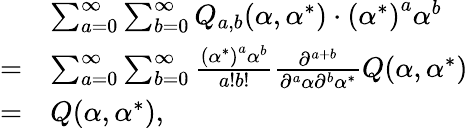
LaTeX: \begin{array}{rl}&{\sum_{a=0}^{\infty}\sum_{b=0}^{\infty}Q_{a,b}(\alpha,\alpha^{*})\cdot\left({\alpha^{*}}\right)^{a}\alpha^{b}}\\ {=}&{\sum_{a=0}^{\infty}\sum_{b=0}^{\infty}\frac{\left({\alpha^{*}}\right)^{a}\alpha^{b}}{a!b!}\frac{\partial^{a+b}}{\partial^{a}\alpha\partial^{b}\alpha^{*}}Q(\alpha,\alpha^{*})}\\ {=}&{Q(\alpha,\alpha^{*}),}\end{array}